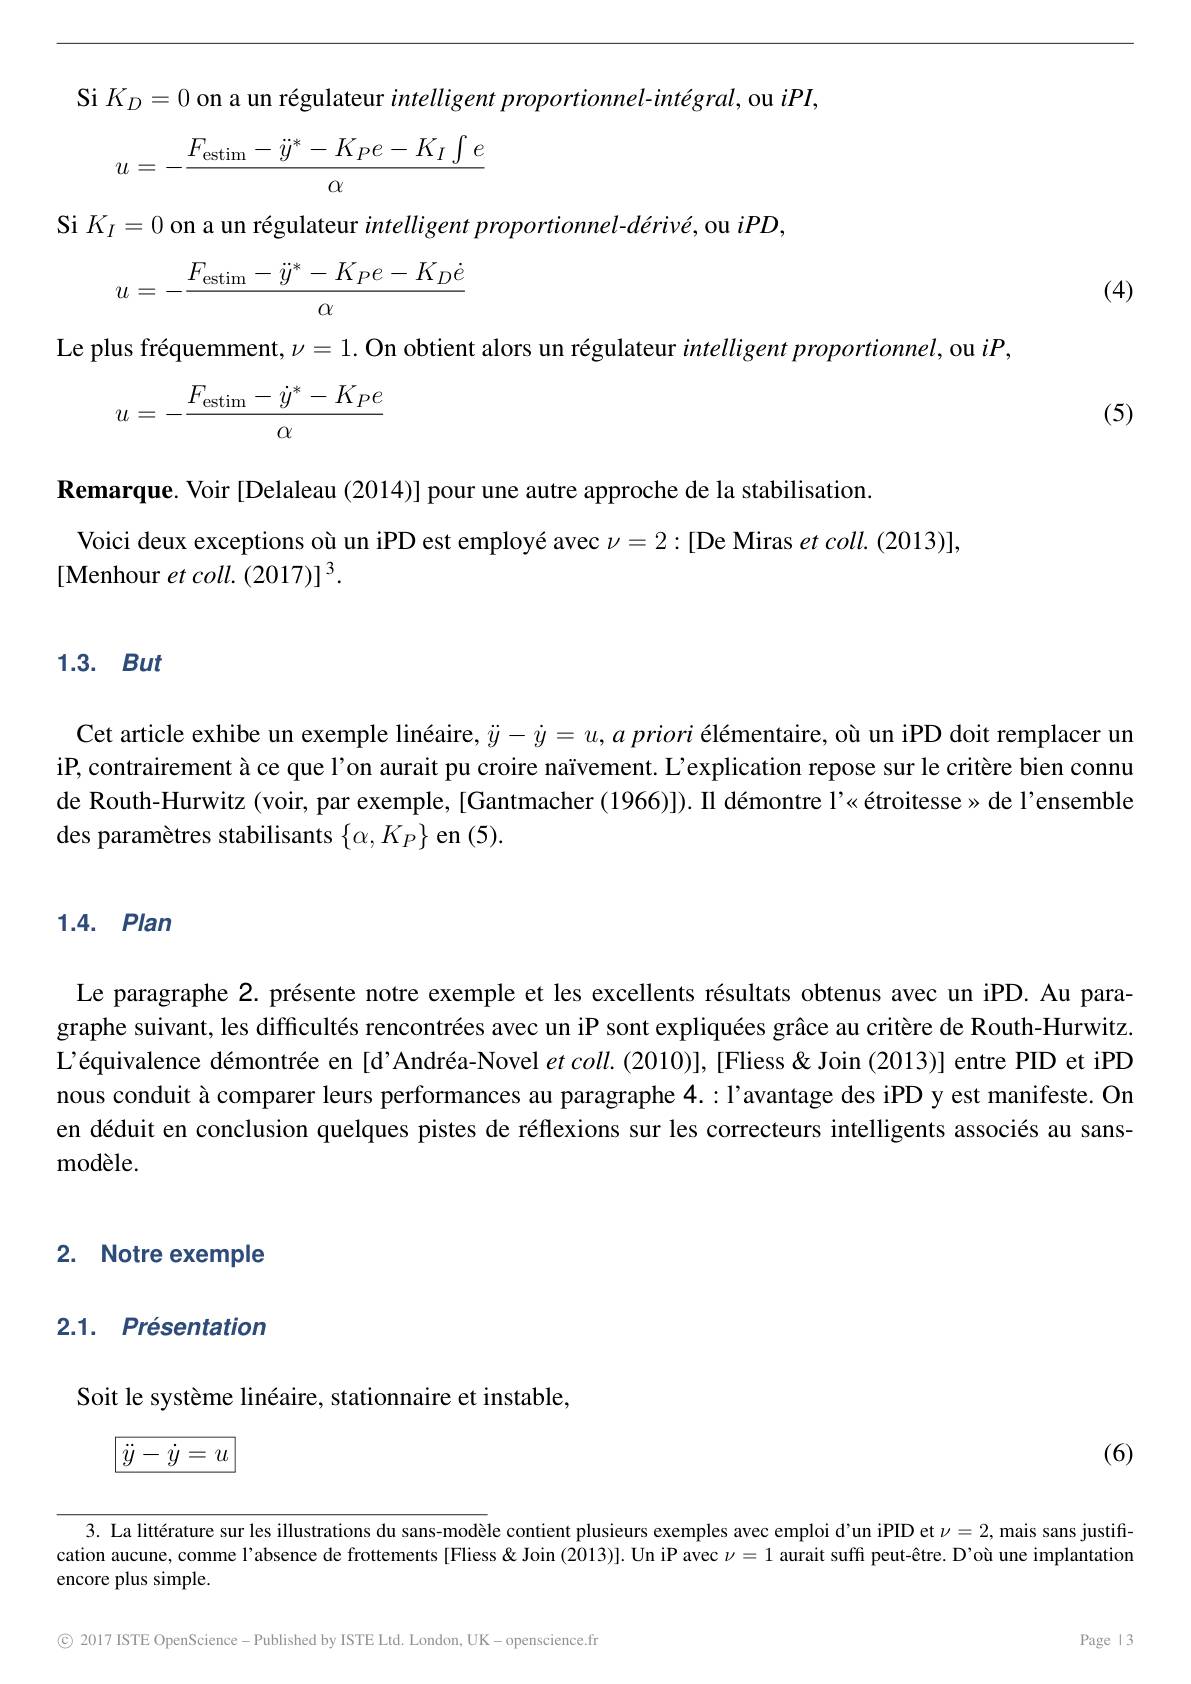
(4)

Si $K_I=0$ on a un régulateur intelligent proportionnel-dérivé, ou $iPD$,

Si $K_D=0$ on a un régulateur intelligent proportionnel-intégral, ou $iPI$,
$$u=-\frac{F_{\mathrm{estim}}-\ddot{y}^*-K_Pe-K_I\int e}{\alpha}$$
$$u=-\frac{F_{\mathrm{estim}}-\ddot{y}^*-K_Pe-K_D\dot{e}}{\alpha}$$
Le plus fréquemment, $\nu=1.$ On obtient alors un régulateur intelligent proportionnel, ou $iP$,
$$u=-\frac{F_{\mathrm{estim}}-\dot{y}^*-K_Pe}{\alpha}$$
Remarque. Voir [Delaleau (2014)] pour une autre approche de la stabilisation.
Voici deux exceptions où un iPD est employé avec $\nu=2:[$De Miras $et\textit{coll. ( 2013) ] , }$
[Menhour et coll. (2017)] 3.

(5)

# 1.3. But

Cet article exhibe un exemple linéaire, $\ddot{y} - \dot{y} = u, a\textit{priori\'{e} l\'{e} mentaire, o\`{u} uniPDdoitremplacerun}$ iP, contrairement à ce que l'on aurait pu croire naïvement. L'explication repose sur le critère bien connu de Routh-Hurwitz (voir, par exemple, [Gantmacher (1966)]). II démontre l'«étroitesse» de l'ensemble des paramètres stabilisants $\{\alpha,K_P\}$ en (5)

## 1.4. Plan

Le paragraphe 2. présente notre exemple et les excellents résultats obtenus avec un iPD. Au paragraphe suivant, les difficultés rencontrées avec un iP sont expliquées grâce au critère de Routh-Hurwitz. L'équivalence démontrée en [d'Andréa-Novel $et\textit{coll. ( 2010) ] , [ Fliess }\&$ Join (2013)] entre PID et iPD nous conduit à comparer leurs performances au paragraphe 4.: l'avantage des iPD y est manifeste. On en déduit en conclusion quelques pistes de réflexions sur les correcteurs intelligents associés au sansmodèle.

# 2. Notre exemple

# 2.1. $Pr\acute{e} sentation$

Soit le système linéaire, stationnaire et instable,
$$\boxed{\ddot{y}-\dot{y}=u}$$
(6)

3. La littérature sur les illustrations du sans-modèle contient plusieurs exemples avec emploi d'un iPID et $\nu=2$, mais sans justification aucune, comme l'absence de frottements [Fliess& Join (2013)]. Un iP avec $\nu=1$ aurait suffi peut-être. D'où une implantation encore plus simple.
$$Page|3$$
© 2017 ISTE OpenScience- Published by ISTE Ltd. London, UK- openscience.fr